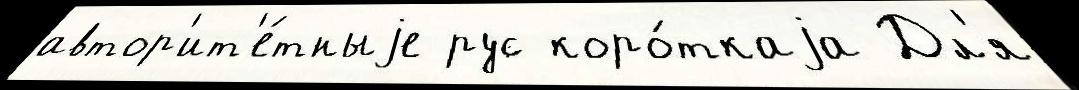
автор'ит'е́тныjе рус коро́ткаjа Дл'я